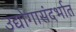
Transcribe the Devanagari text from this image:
उद्योगासंदर्भात